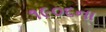
૧૯૦૬ના